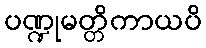
ပဏ္ဍုမတ္တိကာယပိ